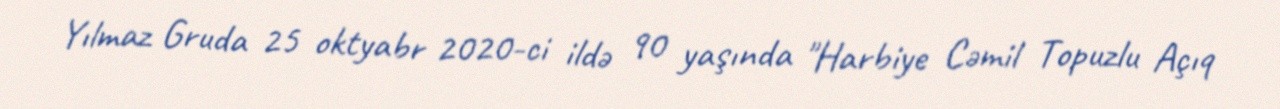
Yılmaz Gruda 25 oktyabr 2020-ci ildə 90 yaşında "Harbiye Cəmil Topuzlu Açıq